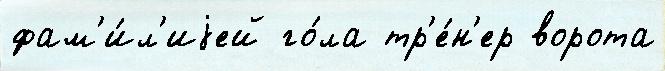
фам'и́л'иjей го́ла тр'е́н'ер ворота